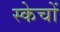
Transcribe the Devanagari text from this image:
स्केचों